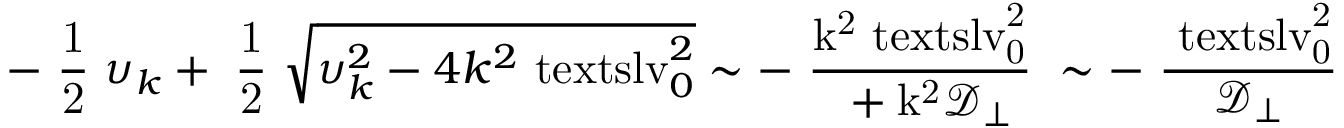
- \mathrm { \small ~ \displaystyle \frac { 1 } { 2 } ~ } \upsilon _ { k } + \mathrm { \small ~ \displaystyle \frac { 1 } { 2 } ~ } \sqrt { \smash [ b ] { \upsilon _ { k } ^ { 2 } - 4 k ^ { 2 } \ensuremath { \mathrm { \ t e x t s l { v } } _ { 0 } } ^ { 2 } } } \sim - \mathrm { \small ~ \displaystyle \frac { k ^ 2 \ensuremath { \mathrm { \ t e x t s l { v } } _ 0 } ^ 2 } { \upsilon + k ^ 2 \ensuremath { \mathcal { D } _ \perp } } ~ } \sim - \mathrm { \small ~ \displaystyle \frac { \ensuremath { \mathrm { \ t e x t s l { v } } _ 0 } ^ 2 } { \ensuremath { \mathcal { D } _ \perp } } ~ }